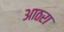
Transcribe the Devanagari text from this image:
आठरा